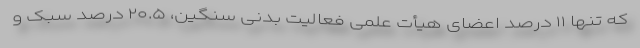
که تنها ۱۱ درصد اعضای هیأت علمی فعالیت بدنی سنگین، ۲۰.۵ درصد سبک و